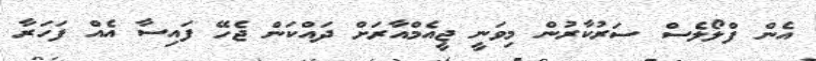
އެން ފްލޯލެސް ސަރުކާރުން މިވަނީ ޖީއެމްއާރަށް ދައްކަން ޖެހޭ ފައިސާ އެއް ފަހަރާ